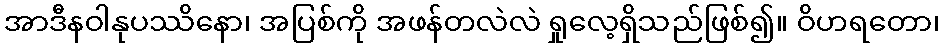
အာဒီနဝါနုပဿိနော၊ အပြစ်ကို အဖန်တလဲလဲ ရှုလေ့ရှိသည်ဖြစ်၍။ ဝိဟရတော၊